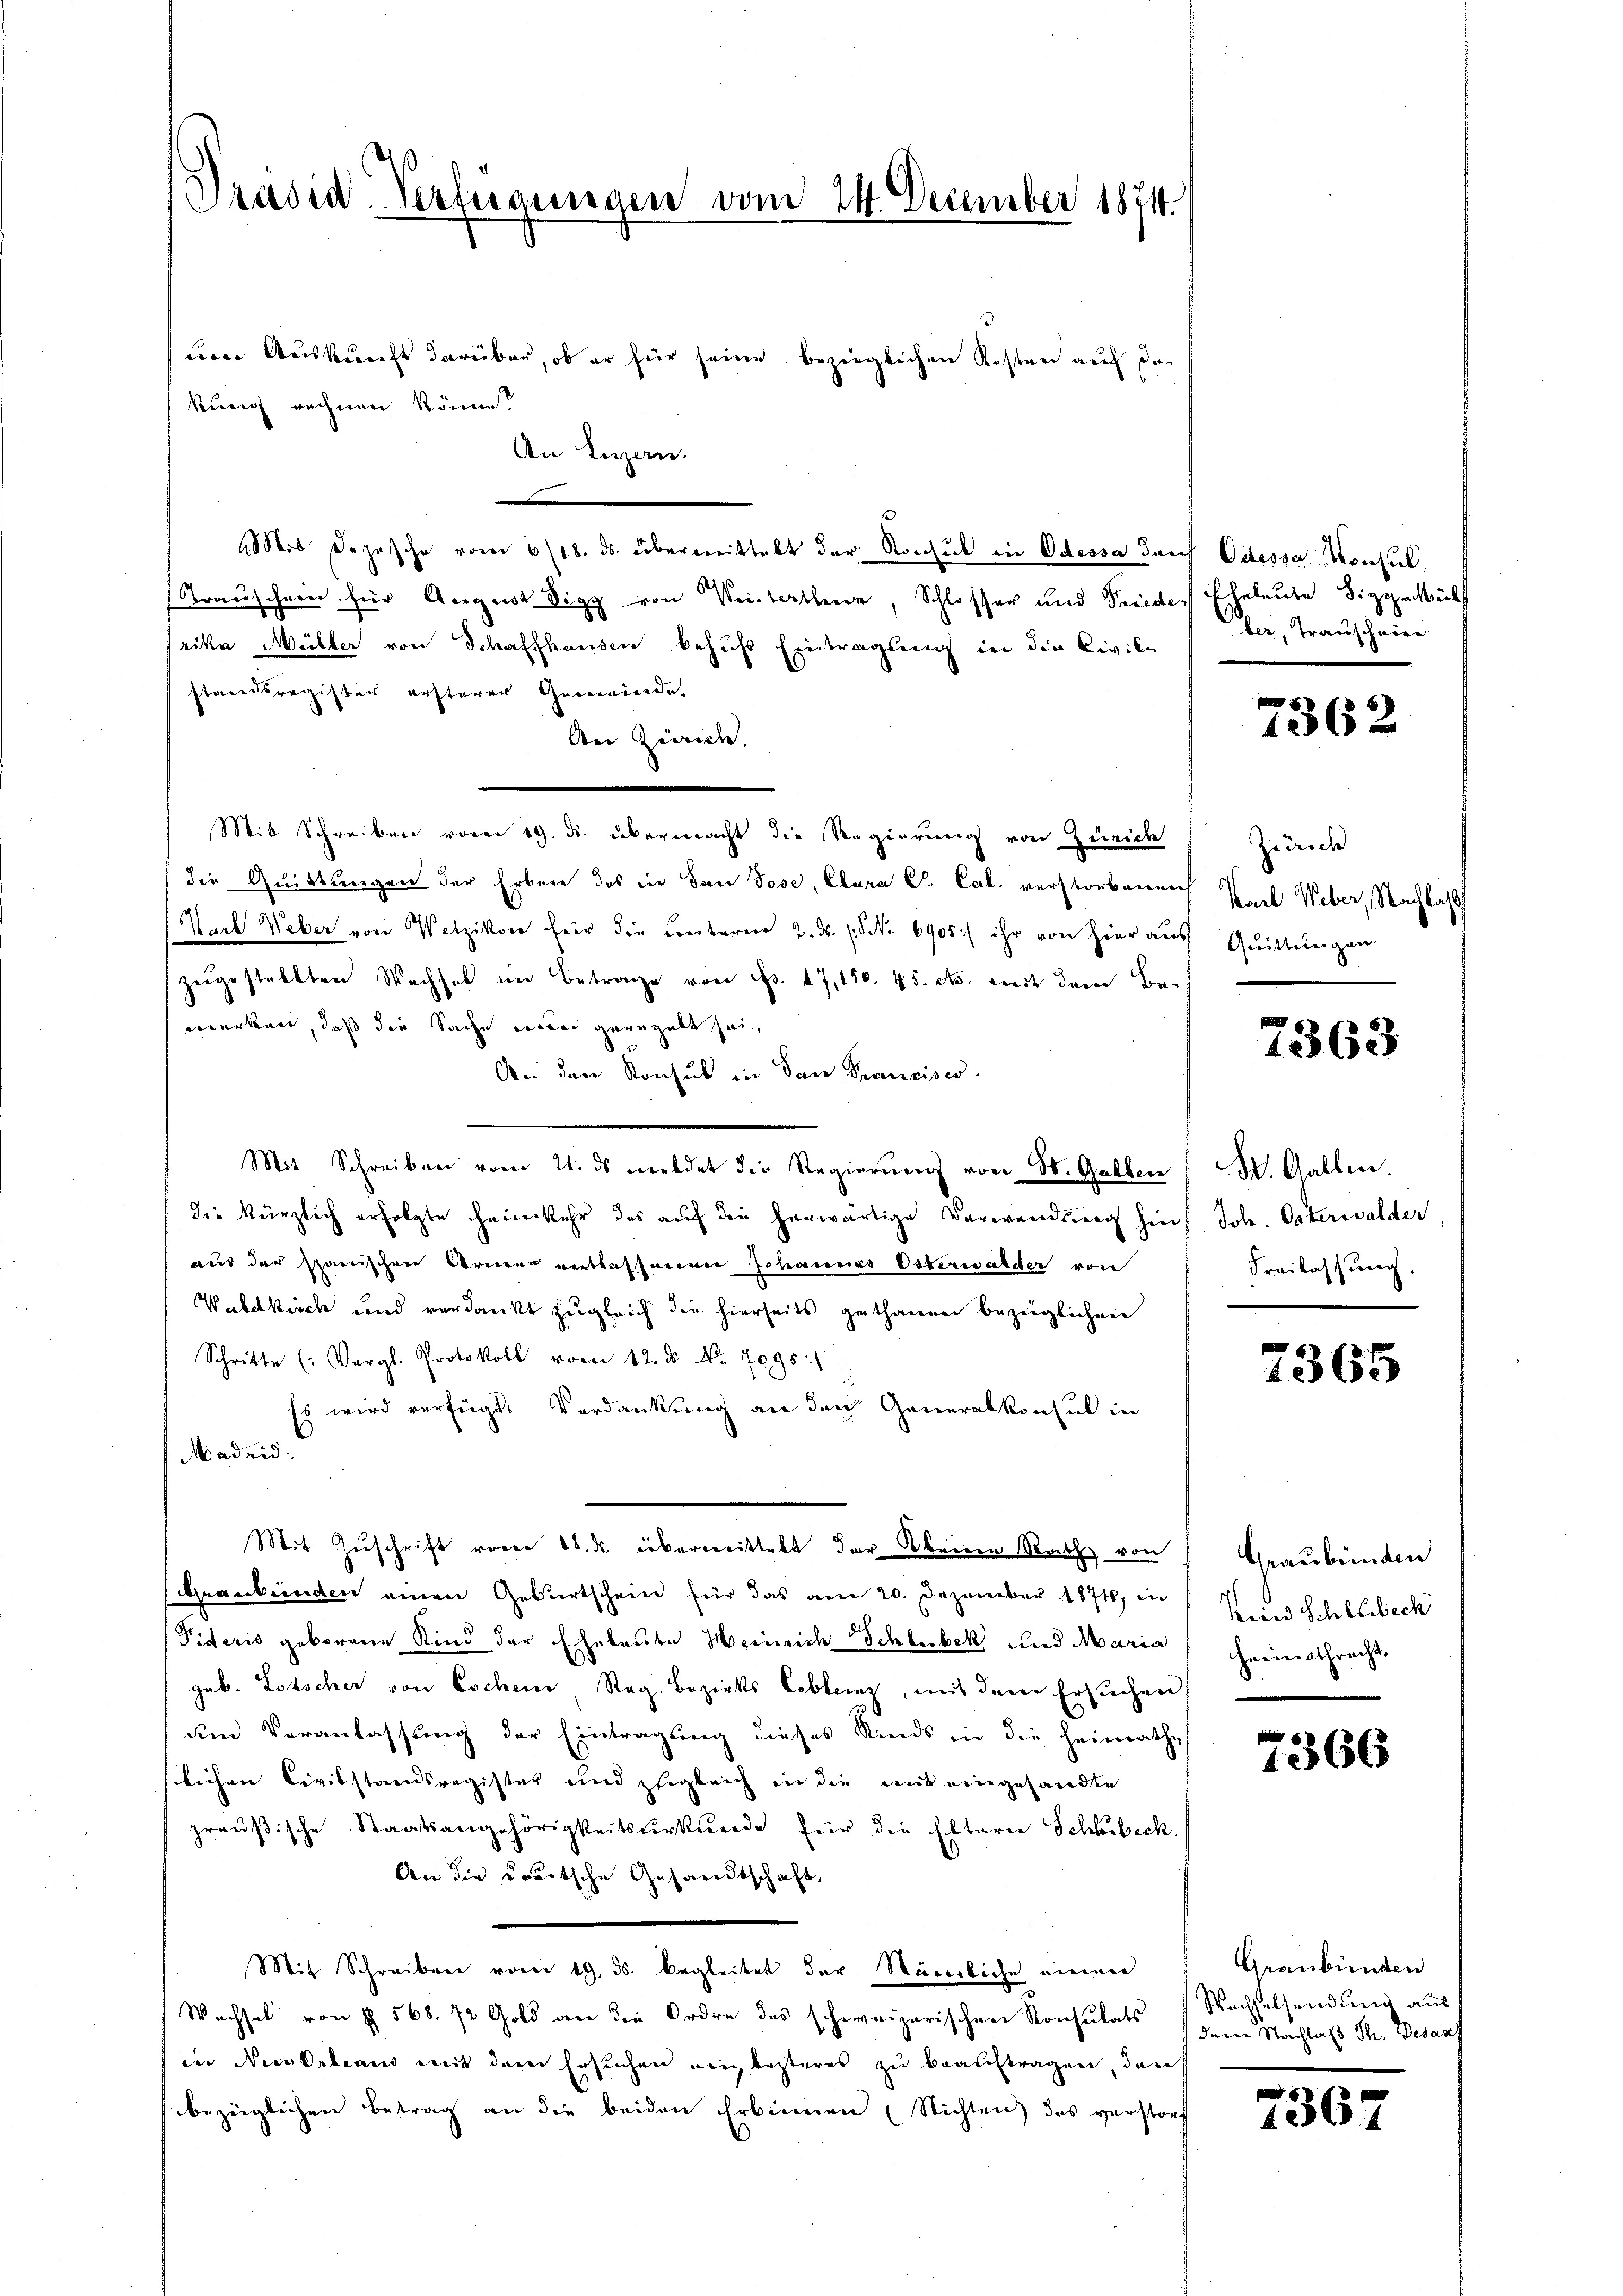
Präsid. Verfügungen vom 24. December 1874.

eener Auskunft darüber, ob er für seine bezüglichen Kosten auch den
kurig rechnen könne?
An Luzern.
e
Mit Depesche vom 6/18. ds übermittelt der Konsul in Odessa durch
Trauschein für August Sigg von Verstatten, Schlosser und Frieder
rika Müller von Schaffhausen behufs Eintragung in die Civile
standsregister ersterer Gemeinde
An Zürich,
Mit Schreiben vom 19. ds. übermacht die Regierung von Zürich
die Quittungen der Erben des in den Jose, Clara S. Cal. verstorbenach
Karl Weber von Wetzikon für die Einterne 2. ds. (NNo. 6905) ihr von hier aus
zŭgestellten Wachsel im Betrage von d. 17, 150. 45. ds. mit dem Be-
merken, daß die Sache einen gerugalt sein
An den Konsul in dan Franciser.
Mit Schreiben vom 21. ds meldet die Regierŭng von St. Gallen (St. Gallen.
die kürzlich erfolgte Heimkehr des aŭf die herwärtige Verwendŭng hin Joh. Osterwalder,
aus der spanischen Armee entlasserem Johannes Osterwalder von
Waldkeich und verdankt zugleich die hierseits gethanen bezüglichen
Schritte (: Vergl. Protokoll vom 12. ds. No. 7095
Es wird verfügt: Verdankung an den Generalkonsul in
Madrid.
Mit Zŭschrift vom 18. ds. übermittekt der Obrigen Rath von
Graubünden einen Geburtschein für das am 20. Dezember 1874, in
Fideris geborene Kind der Ehebaute Heinrich Schlubek und Maria
geb. Lotscher von Eschen, Reg. Bezirks Coblenz, mit dem Ersuchen
um Veranlassung der Eintragung dieses Kinds in die Heimathes
slichen Civilstandsregister und zugleich in die mit eingesandte
präŭβische Staatsangehörigkeitstŭrkŭnde für die Elterer Schubeck.
An die dortsche Gesandtschaft,
Mit Schreiben vom 19. ds. begleitet der Weierliche niemen
Wechsel von § 568. 72 Gold an die Ordre das schweizerischen Konsulats
in Neubelians mit dem Ersuchen weig besteres zu beauftragen, den
bezüglichen Betrag an die beiden Erbinnen (Nichten) des verstorf

Odessa Monsul,
Eheleute Sizgehilf
ber, Transchwere

7362

Zürich
Karl Weber, Nachlass
Quittungen.

7363

Freilassung.

7365

Graubünden
Kind Schreibech
Heimathrecht.

7366

Graubünden
Wechselsendung aus
deren Nachlaß Sr. Desart

7367